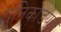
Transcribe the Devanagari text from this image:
युनिकोडयुक्त